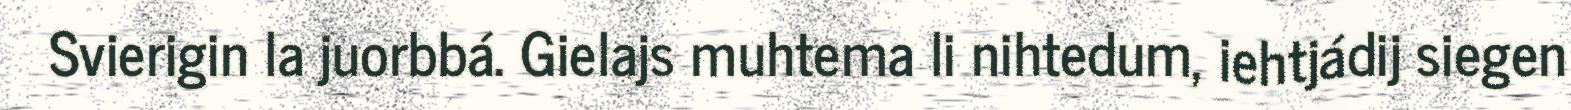
Svierigin la juorbbá. Gielajs muhtema li nihtedum, iehtjádij siegen